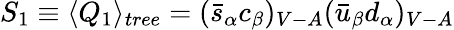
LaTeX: S_{1}\equiv\langle Q_{1}\rangle_{tree}=(\bar{s}_{\alpha}c_{\beta})_{V-A}(\bar{u}_{\beta}d_{\alpha})_{V-A}